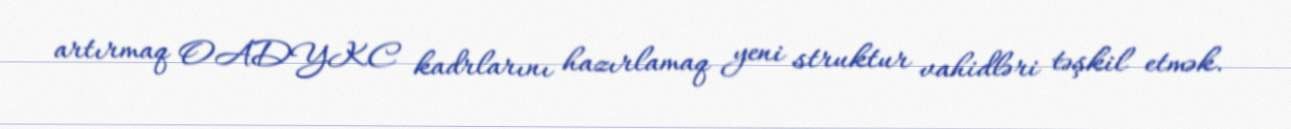
artırmaq OADYKC kadrlarını hazırlamaq yeni struktur vahidləri təşkil etmək.